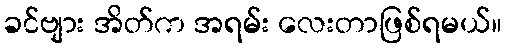
ခင်ဗျား အိတ်က အရမ်း လေးတာဖြစ်ရမယ်။